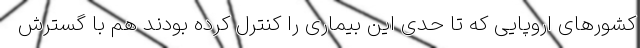
کشور‌های اروپایی که تا حدی این بیماری را کنترل کرده بودند هم با گسترش